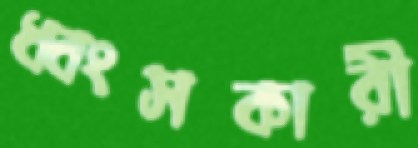
ধ্বংসকারী